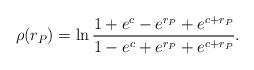
LaTeX: \begin{align*}\rho(r_P) = \ln\frac{1+e^c-e^{r_P}+e^{c+r_P}}{1-e^c+e^{r_P}+e^{c+r_P}}.\end{align*}